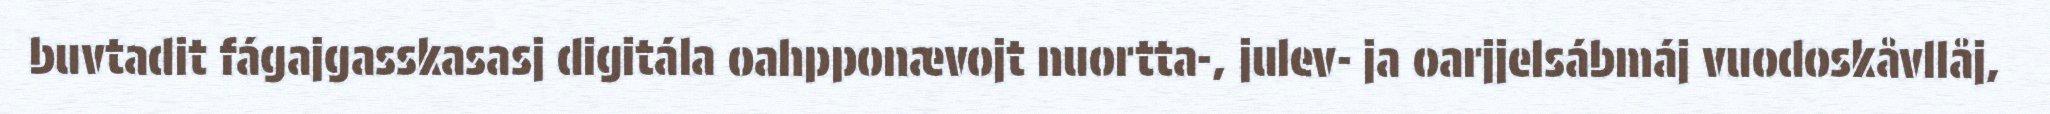
buvtadit fágajgasskasasj digitála oahpponævojt nuortta-, julev- ja oarjjelsábmáj vuodoskåvllåj,